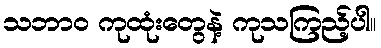
သဘာဝ ကုထုံးတွေနဲ့ ကုသကြည့်ပါ။